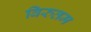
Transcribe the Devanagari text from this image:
विरुतम